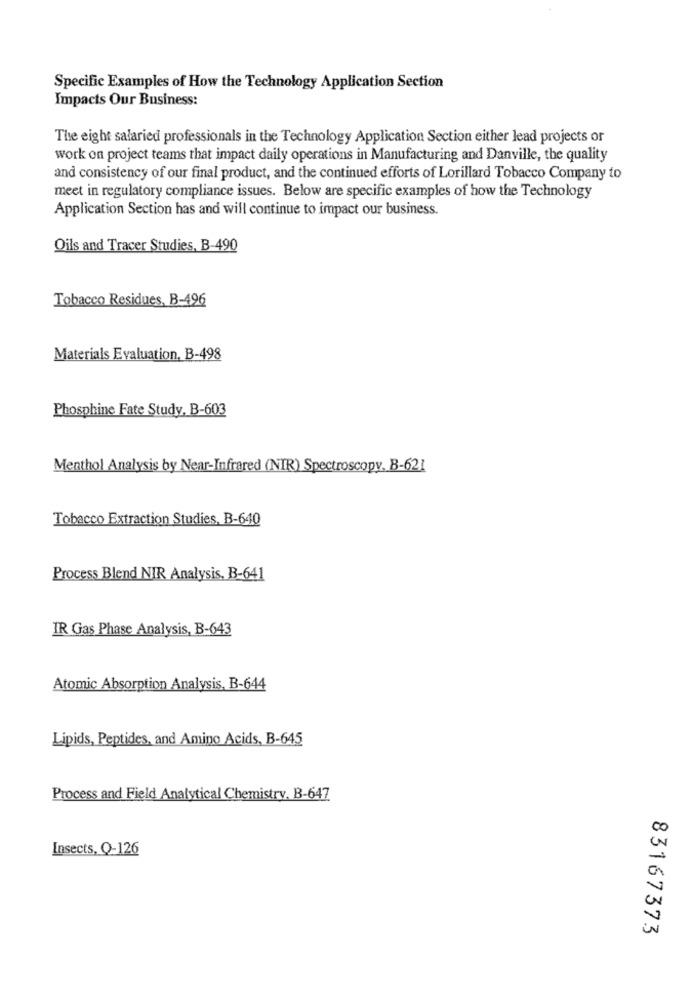
Specific Examples of How the Technology Application Section
Impacts Our Business:
The eight salaried professionals in the Technology Application Section either lead projects or
work on project teams that impact daily operations in Manufacturing and Danville, the quality
and consistency of our final product, and the continued efforts of Lorillard Tobacco Company to
meet in regulatory compliance issues. Below are specific examples of how the Technology
Application Section has and will continue to impact our business.
Oils and Tracer Studies, B-490
Tobacco Residues, B-496
Materials Evaluation, B-498
Phosphine Fate Study, B-603
Menthol Analysis by Near-Infrared (NIR) Spectroscopy, B-621
Tobacco Extraction Studies, B-640
Process Blend NIR Analysis, B-641
IR Gas Phase Analysis, B-643
Atomic Absorption Analysis, B-644
Lipids, Peptides, and Amino Acids, B-645
Process and Field Analytical Chemistry, B-647
Insects, Q-126
83167373